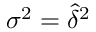
\sigma ^ { 2 } = \widehat \delta ^ { 2 }